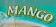
mango